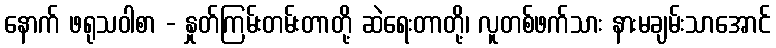
နောက် ဖရုသဝါစာ - နှုတ်ကြမ်းတမ်းတာတို့ ဆဲရေးတာတို့၊ လူတစ်ဖက်သား နားမချမ်းသာအောင်